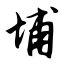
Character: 埔